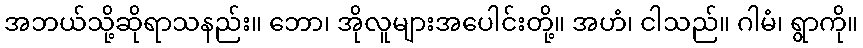
အဘယ်သို့ဆိုရာသနည်း။ ဘော၊ အိုလူများအပေါင်းတို့။ အဟံ၊ ငါသည်။ ဂါမံ၊ ရွာကို။